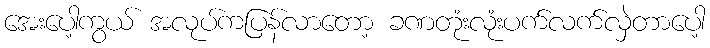
အေးပေါ့ကွယ် အလုပ်ကပြန်လာတော့ ခဏတုံးလုံးပက်လက်လှဲတာပေါ့